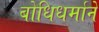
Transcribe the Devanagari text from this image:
बोधिधर्माने